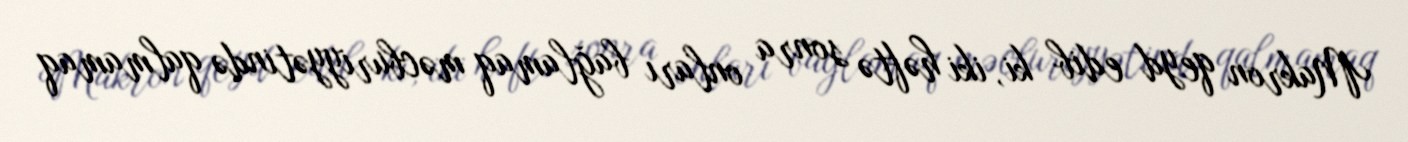
Makron qeyd edib ki, iki həftə sonra onları bağlamaq məcburiyyətində qalmamaq